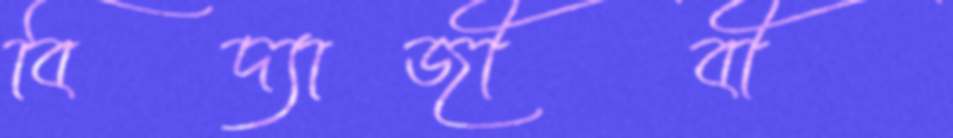
বিদ্যাজীবী